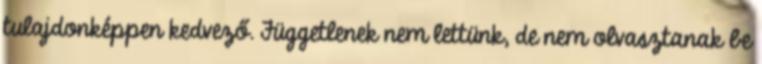
tulajdonképpen kedvező. Függetlenek nem lettünk, de nem olvasztanak be